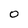
Character: 0